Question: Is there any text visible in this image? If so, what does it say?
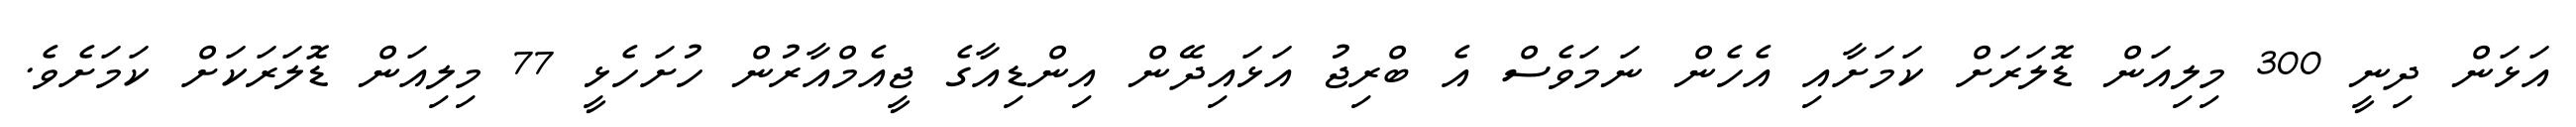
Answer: އަޅަން ދިނީ 300 މިލިއަން ޑޮލަރަށް ކަމަށާއި އެހެން ނަމަވެސް އެ ބްރިޖު އަޅައިދޭން އިންޑިއާގެ ޖީއެމްއާރުން ހުށަހެޅީ 77 މިލިއަން ޑޮލަރަކަށް ކަމަށެވެ.